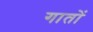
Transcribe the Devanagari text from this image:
गातों